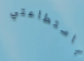
باستطاعتي